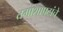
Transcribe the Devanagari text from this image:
तमाशापटांचे